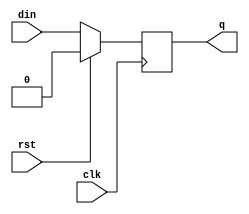
module dffr_ns (din, clk, rst, q);
parameter SIZE = 1;
input	[SIZE-1:0]	din ;	
input			clk ;	
input			rst ;	
output	[SIZE-1:0]	q ;	
reg 	[SIZE-1:0]	q ;
always @ (posedge clk)
  q[SIZE-1:0] <= rst ? {SIZE{1'b0}} : din[SIZE-1:0];
endmodule